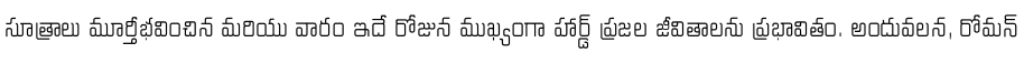
సూత్రాలు మూర్తీభవించిన మరియు వారం ఇదే రోజున ముఖ్యంగా హార్డ్ ప్రజల జీవితాలను ప్రభావితం. అందువలన, రోమన్